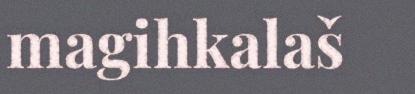
magihkalaš